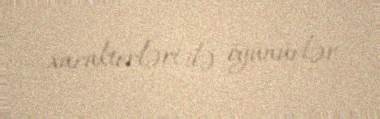
xarakterləri ilə öyünürlər.